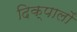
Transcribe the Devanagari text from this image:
दिक्पालों